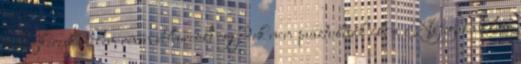
világkereskedelem révén behurcolt egyedek nem pusztulnak el: a Nyugat-nílusi